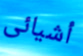
أشيائى